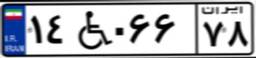
۱۴W۰۶۶۷۸